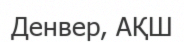
Денвер, АҚШ